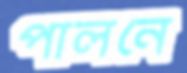
পালনে